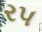
ર૫